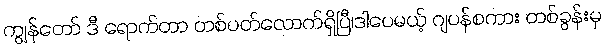
ကျွန်တော် ဒီ ရောက်တာ တစ်ပတ်လောက်ရှိပြီ၊ဒါပေမယ့် ဂျပန်စကား တစ်ခွန်းမှ